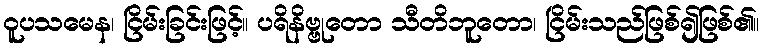
ဝူပသမေန၊ ငြိမ်းခြင်းဖြင့်။ ပရိနိဗ္ဗုတော သီတိဘူတော၊ ငြိမ်းသည်ဖြစ်၍ဖြစ်၏။